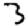
Digit: 3